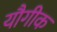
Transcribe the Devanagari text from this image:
यौगीक